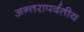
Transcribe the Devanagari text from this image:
अन्तरापर्वतीय